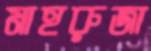
মাহরুজা